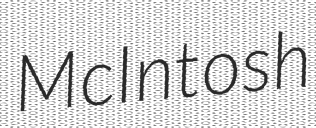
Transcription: McIntosh